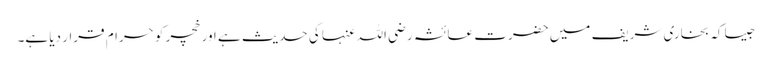
جیسا کہ بخاری شریف میں حضرت عائشہ رضی اللہ عنہا کی حدیث ہے اور خچر کو حرام قرار دیا ہے۔